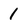
Character: 1